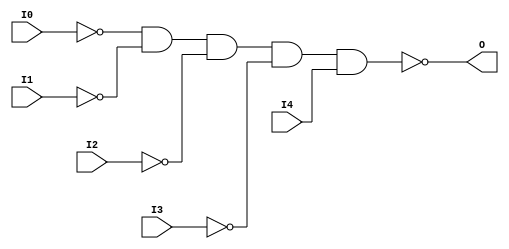
module NAND5B4 (O, I0, I1, I2, I3, I4);

    output O;

    input  I0, I1, I2, I3, I4;

    wire i0_inv;
    wire i1_inv;
    wire i2_inv;
    wire i3_inv;

    not N3 (i3_inv, I3);
    not N2 (i2_inv, I2);
    not N1 (i1_inv, I1);
    not N0 (i0_inv, I0);
    nand A1 (O, i0_inv, i1_inv, i2_inv, i3_inv, I4);


endmodule